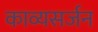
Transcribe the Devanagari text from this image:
काव्यसर्जन